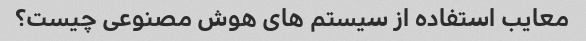
معایب استفاده از سیستم های هوش مصنوعی چیست؟